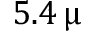
5 . 4 \, \upmu